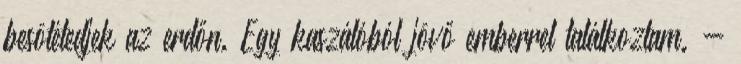
besötétedjek az erdőn. Egy kaszálóból jövő emberrel találkoztam. -